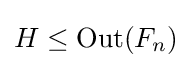
H\leq \operatorname {Out} (F_{n})